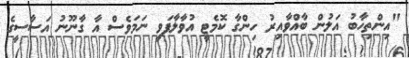
"އިންތިހާބު އަލުން ބާއްވާއިރު ހިންގާ ކޮމެޓީ އުވާލާފަވީ ނަމަވެސް އާ ގާނޫނު އަސާސީގެ